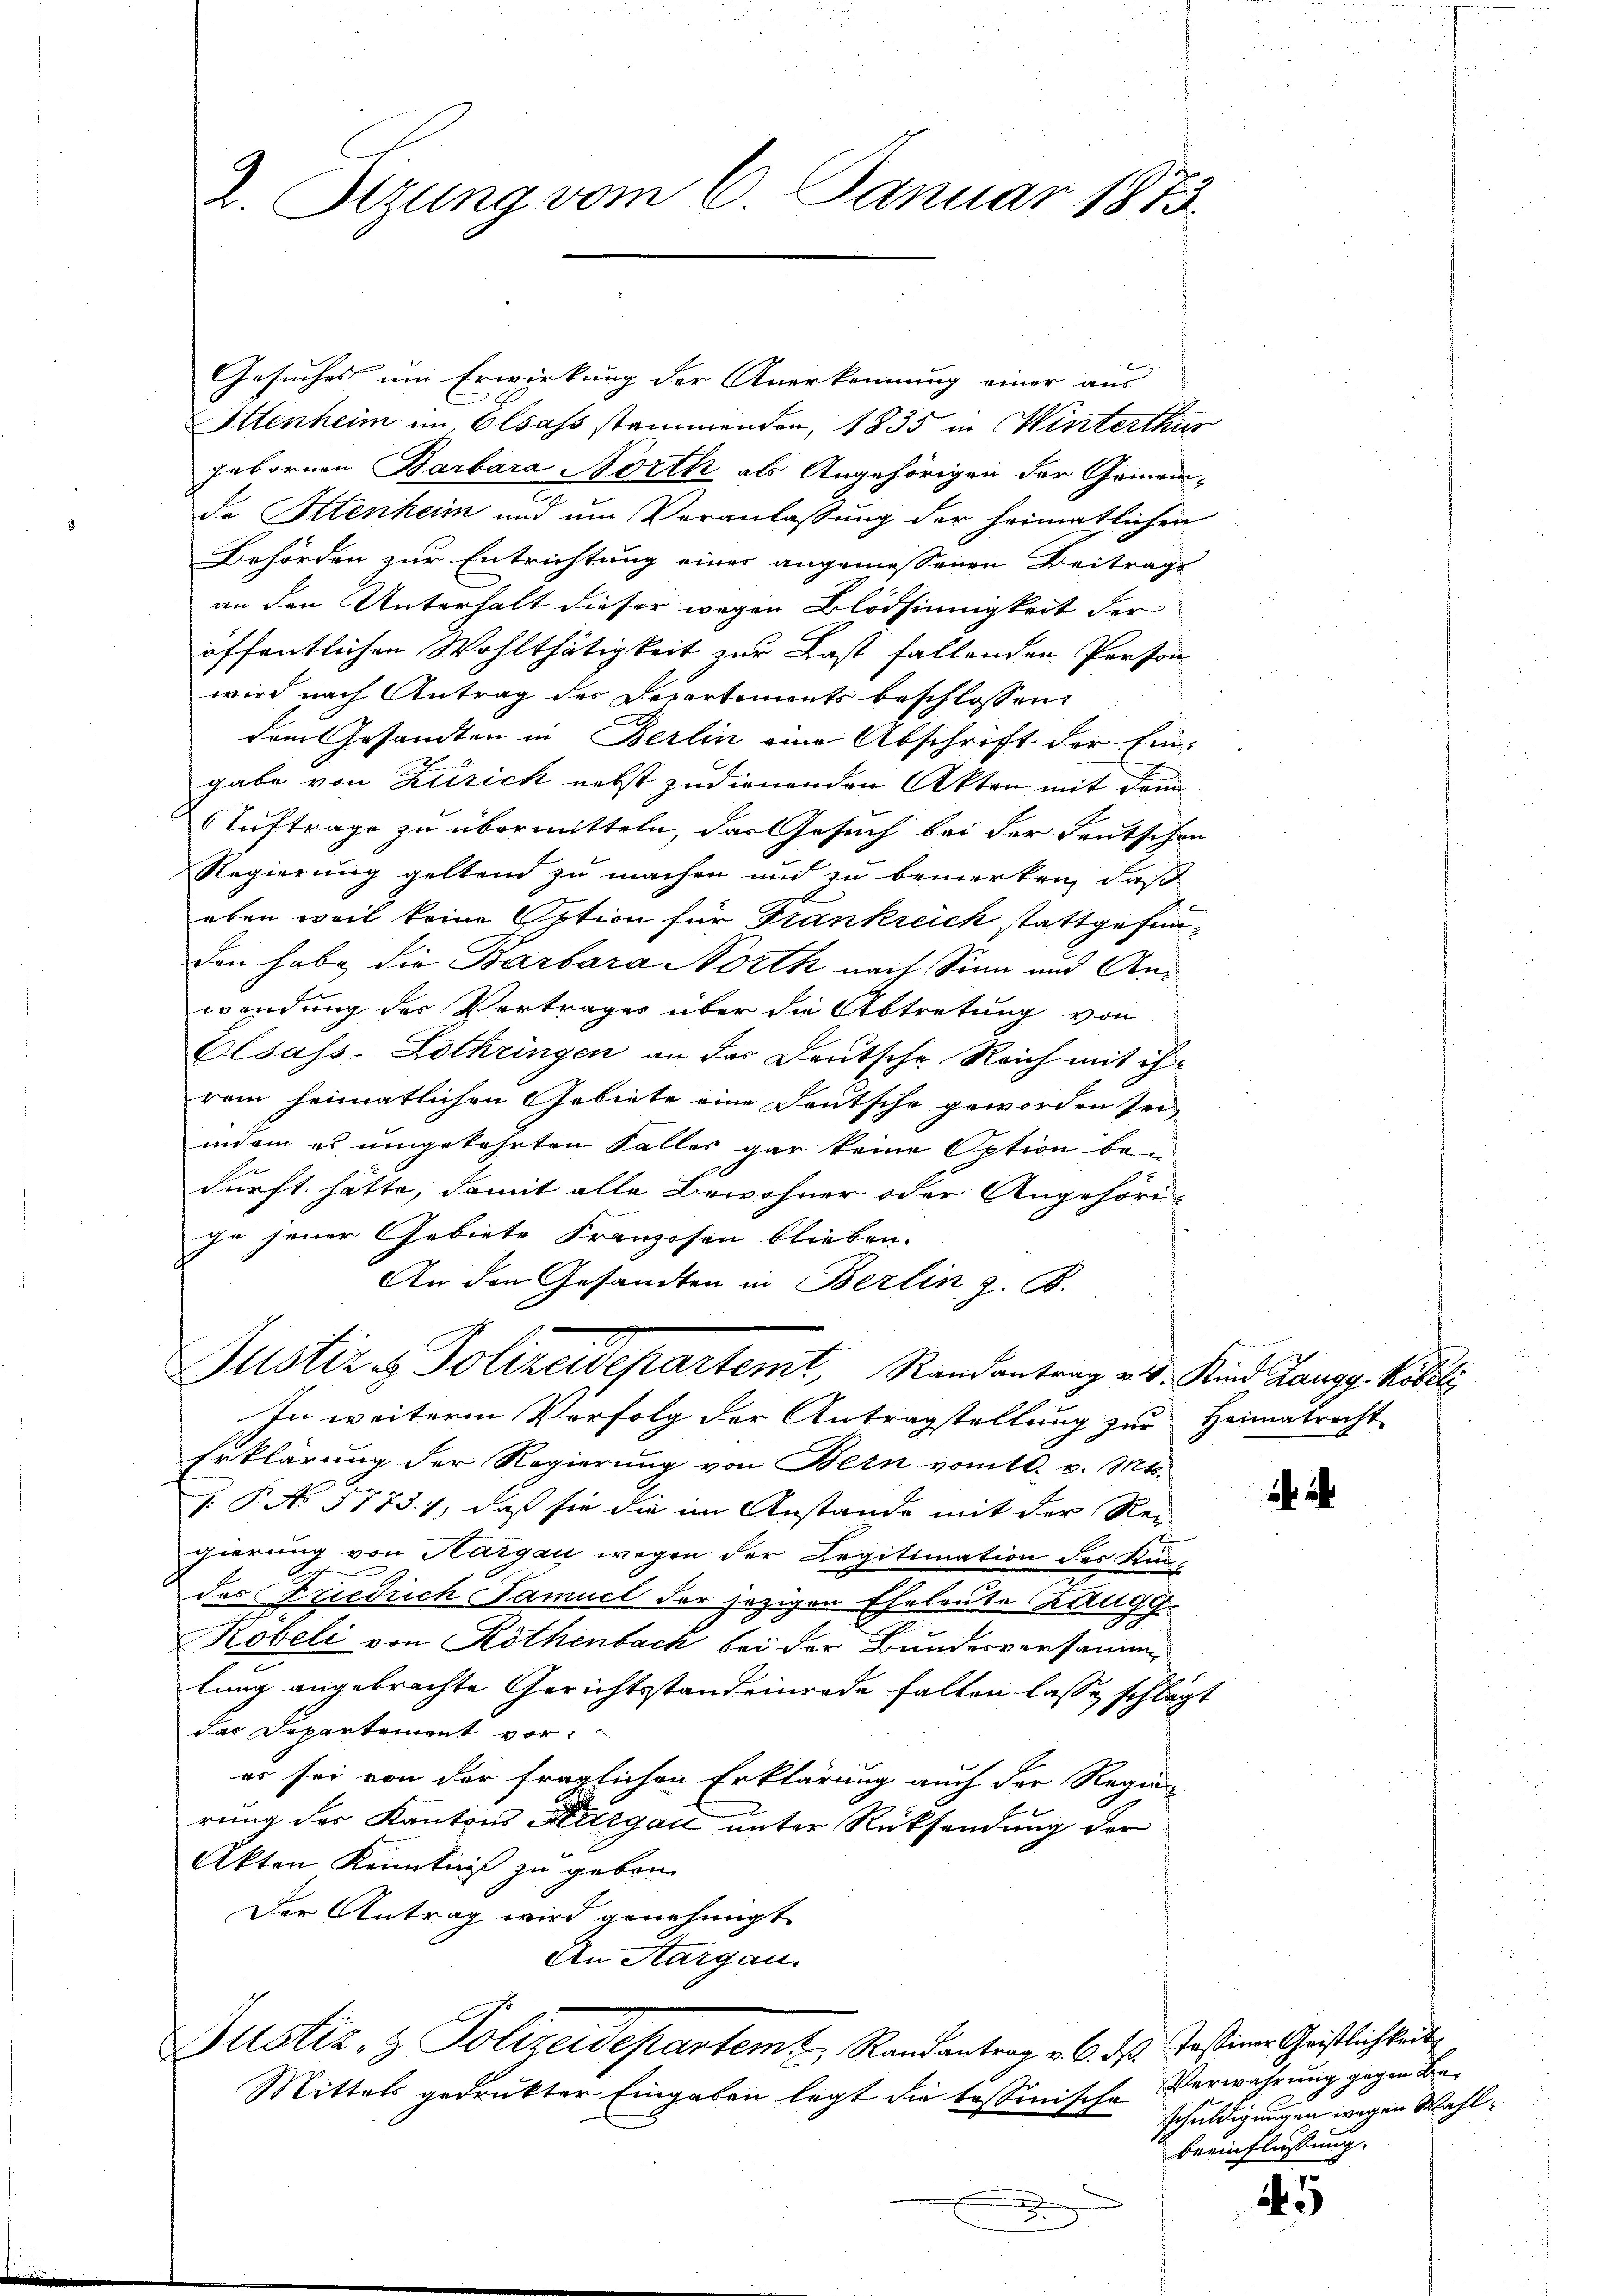
Gesuches um Erwirkung der Anerkennung einer aus
Ottenheim im Elsass stammenden, 1835 in Winterthur
gebornen Barbara Nörth als Angehörigen der Gemeinde Ottenheim und um Veranlassung der heimatlichen
Behörden zur Entrichtung eines angemessenen Beitrags
an den Unterhalt dieser wegen Blödsinnigkeit der
öffentlichen Wohlthätigkeit zur Last fallenden Person
wird nach Antrag des Departements beschlossen:
dem Gesandten in Berlin eine Abschrift der Ein-
gabe von Zürich nebst zudienenden Akten mit dem
Auftrage zu übermitteln, das Gesuch bei der deutschen
Regierung geltend zu machen und zu bemerken, daß
eben weil keine Option für Trankreich stattgefunden habe die Barbara Nörth nach Sinn und Anwendung des Vertrages über die Abtretung von
Elsass-Lothringen an der Deutsche Reich mit ihrem heimatlichen Gebiete eine Deutsche geworden sei,
indem es umgekehrten Falles gar keine Option bedurft hätte; damit alle Bewohner oder Angehörige jener Gebiete Franzosen blieben.
An den Gesandten in Berlin z. B.
Justiz & Polizeidepartemt, Randantrag v. d. Kind Langg Köbli
In weiteren Verfolg der Antragstellung zur Heimatrecht
Erklärung der Regierung von Bern vom 10. v. Mts.
J. P. No 1775. 1, daß sie die im Anstande mit der Rei-
gierung von Hargau wegen der Legitimation des Kin-
des Friedrich Samuel der jezigen Eheleute Zaugg¬
u
Kobeli von Köthenbach bei der Bundesversamm
lung angebrachte Gerichtsstandeinrede fallen lasse schlägt
das Departement vor.
es sei von der fraglichen Erklärung auch der Regier
rung des Kantons Aargau unter Rücksendung der
Akten Kenntniß zu geben.
Der Antrag wird genehmigt.
An Aargau.
Justiz- & Polizeidepartem Randantrag v. 6. ds. Jostiver Christlichkeit,
Mittels gedruckter Eingaben legt die tessinische

2. Sizung vom 6. Januar 1873.

Verwahrung gegen Beschuldigungen wegen Wahl¬
Beeinflussung.

245